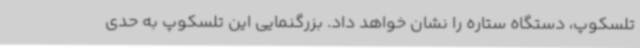
تلسکوپ، دستگاه ستاره را نشان خواهد داد. بزرگنمایی این تلسکوپ به حدی